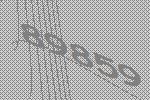
89859